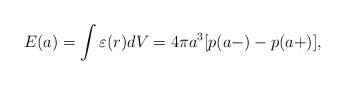
LaTeX: \begin{align*}E(a)=\int{\varepsilon (r)dV}=4\pi a^3[p(a-)-p(a+)],\end{align*}